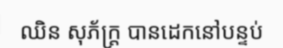
ឈិន សុភ័ក្ត្រ បានដេកនៅបន្ទប់